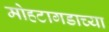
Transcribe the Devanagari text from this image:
मोहटागडाच्या